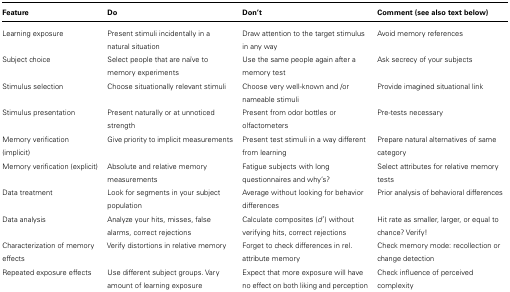
<table><thead><tr><td><b>Feature</b></td><td><b>Do</b></td><td><b>Don’t</b></td><td><b>Comment (see also text below)</b></td></tr></thead><tbody><tr><td>Learning exposure</td><td>Present stimuli incidentally in a natural situation</td><td>Draw attention to the target stimulus in any way</td><td>Avoid memory references</td></tr><tr><td>Subject choice</td><td>Select people that are naïve to memory experiments</td><td>Use the same people again after a memory test</td><td>Ask secrecy of your subjects</td></tr><tr><td>Stimulus selection</td><td>Choose situationally relevant stimuli</td><td>Choose very well-known and /or nameable stimuli</td><td>Provide imagined situational link</td></tr><tr><td>Stimulus presentation</td><td>Present naturally or at unnoticed strength</td><td>Present from odor bottles or olfactometers</td><td>Pre-tests necessary</td></tr><tr><td>Memory verification (implicit)</td><td>Give priority to implicit measurements</td><td>Present test stimuli in a way different from learning</td><td>Prepare natural alternatives of same category</td></tr><tr><td>Memory verification (explicit)</td><td>Absolute and relative memory measurements</td><td>Fatigue subjects with long questionnaires and why’s?</td><td>Select attributes for relative memory tests</td></tr><tr><td>Data treatment</td><td>Look for segments in your subject population</td><td>Average without looking for behavior differences</td><td>Prior analysis of behavioral differences</td></tr><tr><td>Data analysis</td><td>Analyze your hits, misses, false alarms, correct rejections</td><td>Calculate composites (<i>d</i>′) without verifying hits, correct rejections</td><td>Hit rate as smaller, larger, or equal to chance? Verify!</td></tr><tr><td>Characterization of memory effects</td><td>Verify distortions in relative memory</td><td>Forget to check differences in rel. attribute memory</td><td>Check memory mode: recollection or change detection</td></tr><tr><td>Repeated exposure effects</td><td>Use different subject groups. Vary amount of learning exposure</td><td>Expect that more exposure will have no effect on both liking and perception</td><td>Check influence of perceived complexity</td></tr></tbody></table>